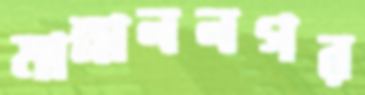
মান্নাননগর